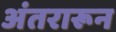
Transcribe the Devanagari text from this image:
अंतरारून